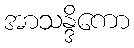
အာသန္ဒိကော